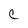
Character: C